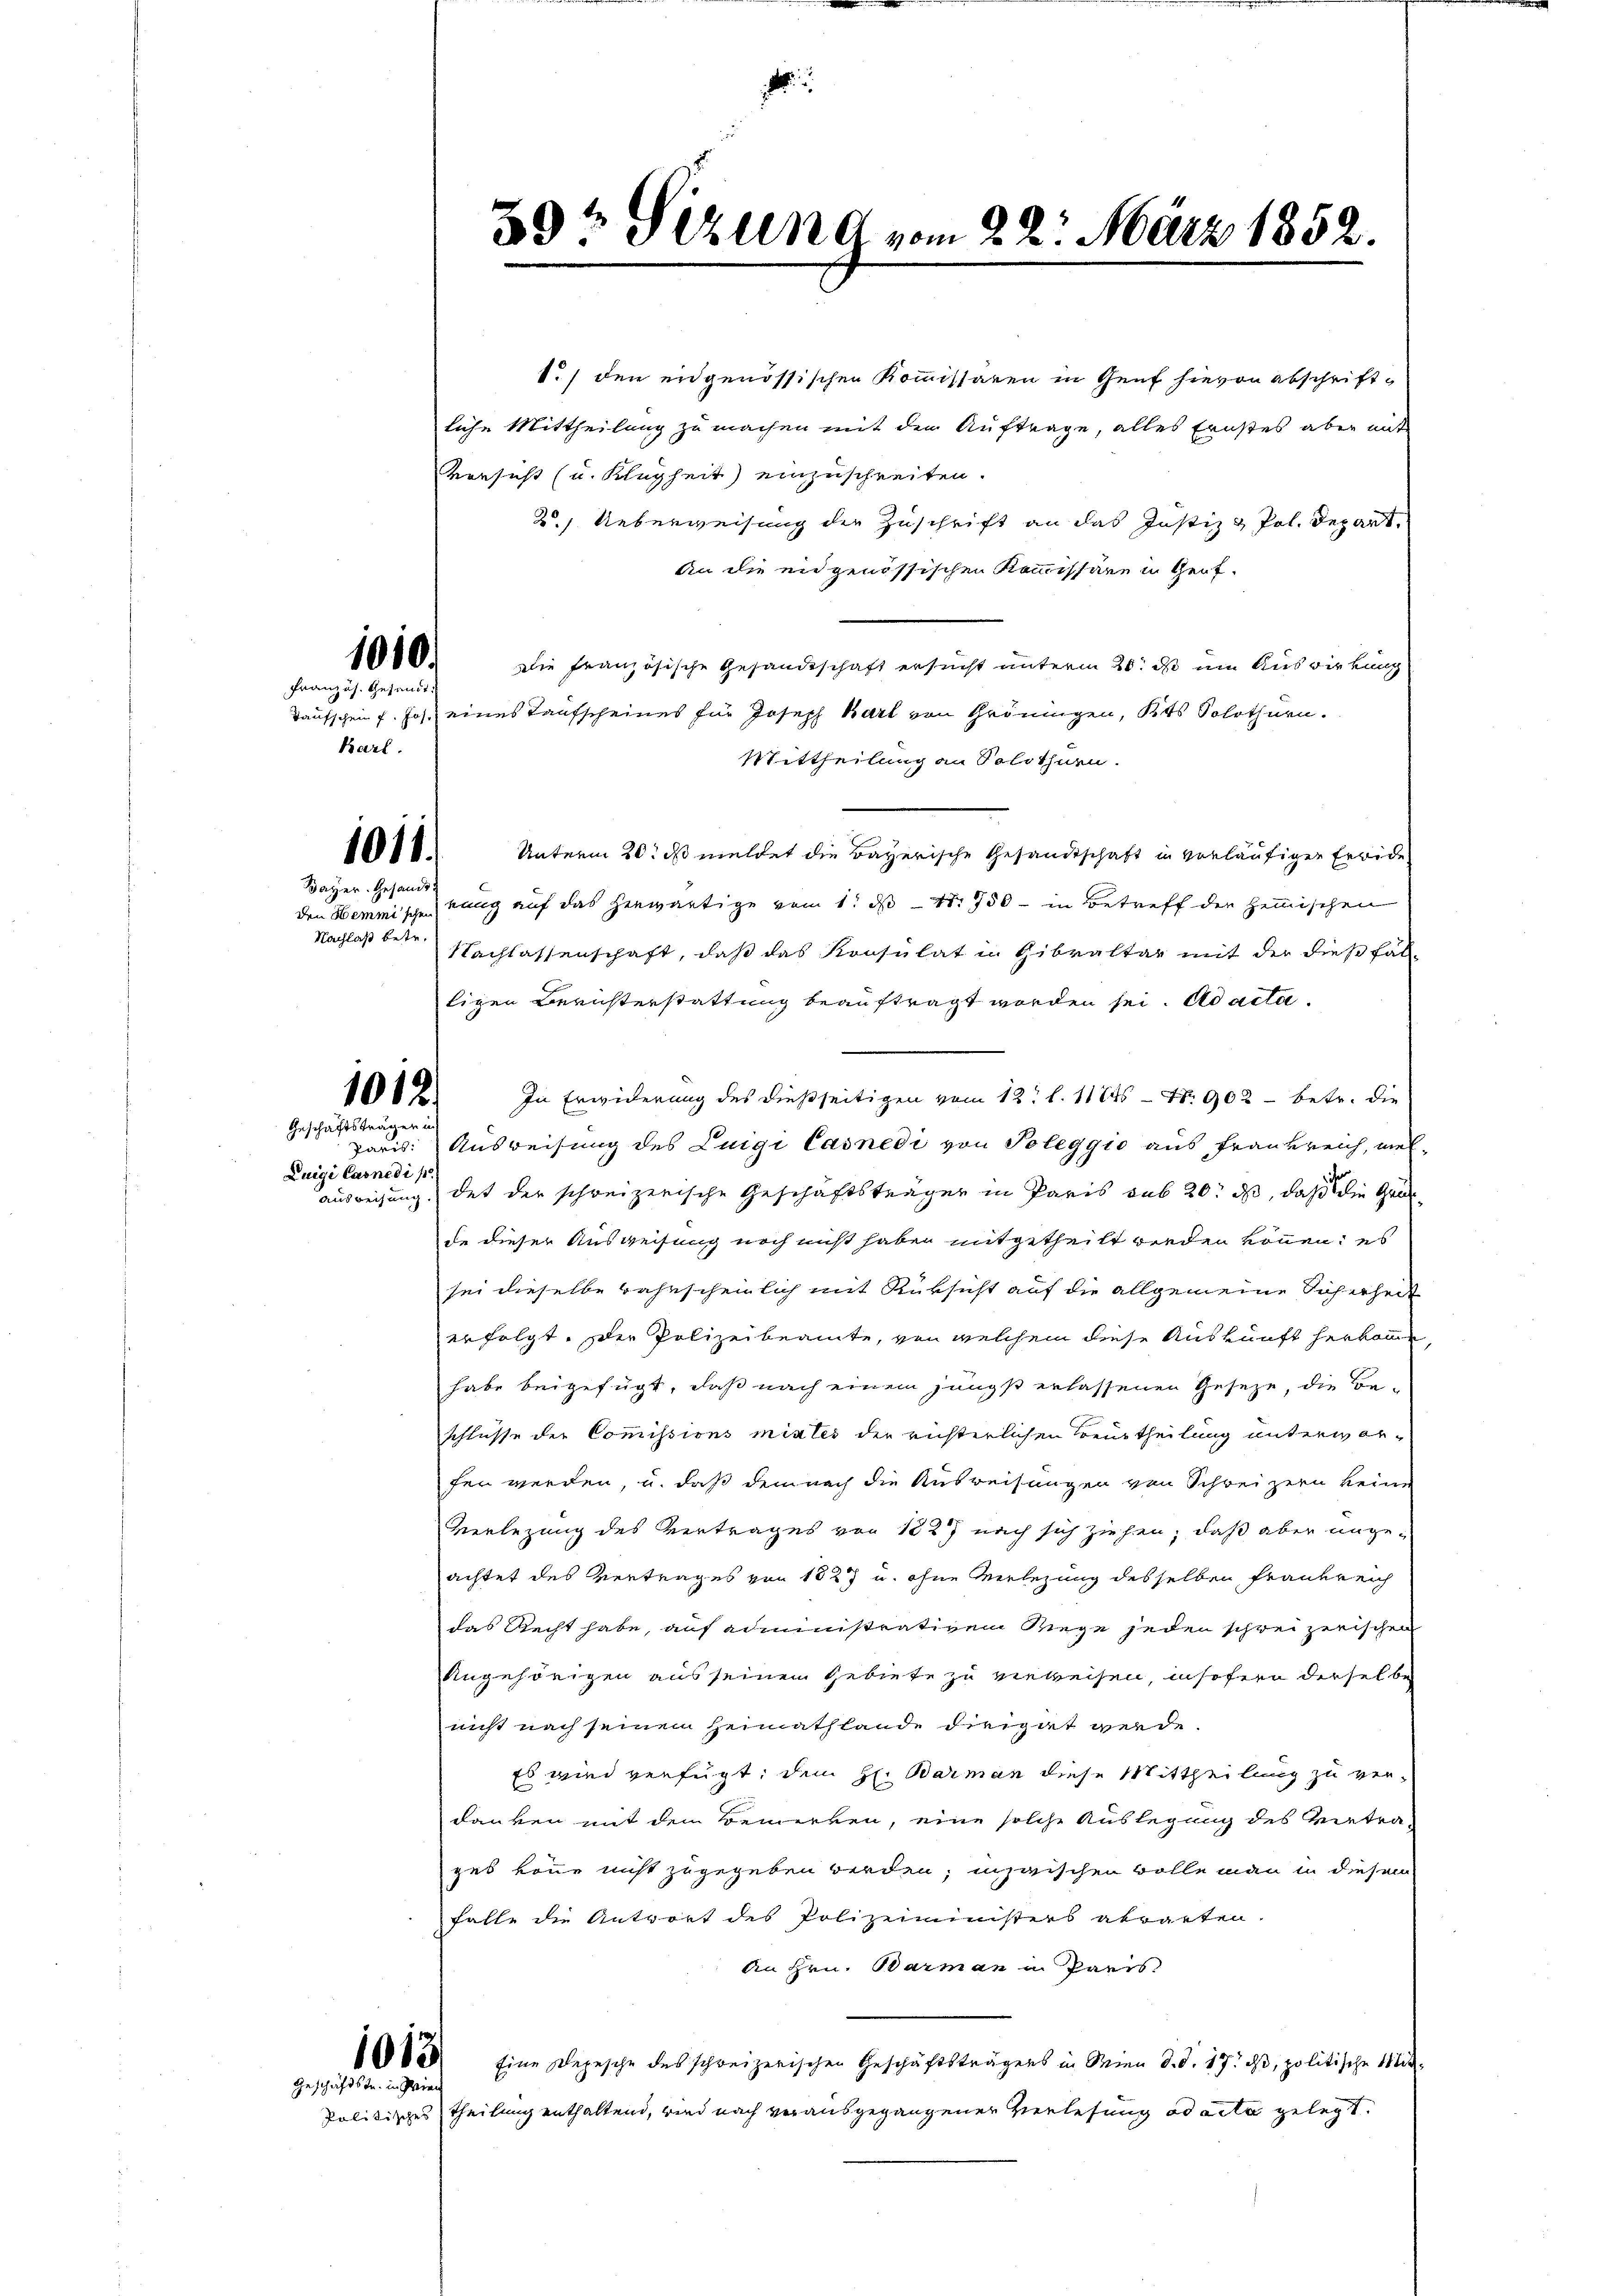
1010.

Französ. Gesandt.
Karl.

1011.

Bayer. Gesandt
den Hemmischen
Nachlaß betr.

1012.
Geschäftsträgen in

Luigi Carnedi p

1013
Geschäftstr. in Prien

39t Sezung vom 22. März 1852.

.

1./ den eidgenössischen Kommissären in Genf hievon abschriftliche Mittheilung zu machen mit den Auftrage, alles Ernstes aber mit
vorsicht (u. Klugheit) einzuschreiten.
2.) Ueberweisung der Zuschrift an das Justiz & Pol. Depart.
An die eidgenössischen Kommissäre in Genf.
Die französische Gesandtschaft ersucht unterm 20. ds um Auswirkung
Taufschein f. Jos. eines Taufscheines für Joseph Bart von Gröningen, Kts. Solothurn.
Mittheilung an Solothurn.
Unterm 20. ds meldet die Bayerische Gesandtschaft in vorläufigen Erwide
rung auf das herwärtige vom 1. ds Nr. 750 - in Betreff der Hemischen
Nachlassenschaft, daß das Konsulat in Gibraltar mit der diese fal-
ligen Berichterstattung beauftragt worden sei. Ad acta¬
In Erwiderung des dießseitigen vom 12. l. 11745 - Nr. 902 betr. die
paris: Ausreisung des Luigi Casnedi von Poleggio aus Frankreich, melausweisung des der schreizerische Geschäftsträger in Paris sub 20. ds, daß die Grade dieser Ausweisung noch nicht haben mitgetheilt werden können; es
sei dieselbe wahrscheinlich mit Rüksicht auf die allgemeine Sicherheit
erfolgt. Der Polizeibeamte, von welchem diese Auskunft herkomme
habe beigefügt, daß nach einem jüngst erlassenen Geseze, die Beschlusse der Commissions mixtes der richterlichen Beurtheilung unterworfen werden, u. daß dem nach die Ausweisungen von Schreizern keine
Verlegung des Vertrages von 1227 nach sich ziehen, daß aber angeachtet des Vertrages von 1827 u. ohne Verlegung desselben Frankreich
das Recht habe, auf administrativem Riege jeden schreizerischen
Angehörigen aus seinen Gebiete zu verweisen, insofern derselbe
nicht nach seinem Heimathlande dirigat werde.
Es wird verfügt, dem H. Barman diese Mittheilung zu verdanken mit dem Bemerken, eine solche Auslegung des Vertra-
ges könne nicht zugegeben werden; inzwischen Bolle man in diesem
falle die Antwort des Polizeiministers abwarten.
An Hrn. Barman in Paris
Eine Depesche des schweizerischen Geschäftsträgers in Wien d. d. 17. ds, politische Mit¬
Politisches Theilung enthaltend, wird nach vorausgegangener Verlesung ad acta gelegt.